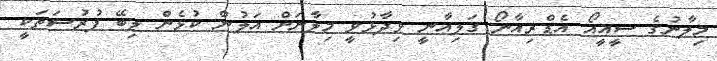
މިލާނުގެ ސީއީއޯ އެޑްރިއާނޯ ގަލިއާނީ ވިދާޅުވީ މިލާނަށް އަލުން ކުޅެން ލިބޭ ފުރުސަތަކީ